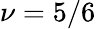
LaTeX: \nu=5/6